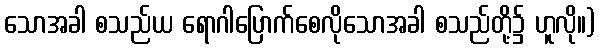
သောအခါ စသည်ယ ရောဂါပြောက်စေလိုသောအခါ စသည်တို့၌ ဟူလို။)